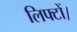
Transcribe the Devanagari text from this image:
लिफ्टों।